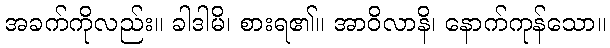
အခက်ကိုလည်း။ ခါဒါမိ၊ စားရ၏။ အာဝိလာနိ၊ နောက်ကုန်သော။